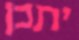
יתכן